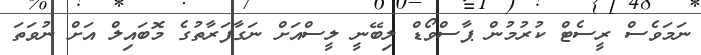
ނަމަވެސް ރީސެޓް ކުރުމުން ޕާސްވޯޑް ލިބޭނީ ލީސްއަށް ނަގާފަރާތުގެ މޮބައިލް އަށް ނުވަތަ